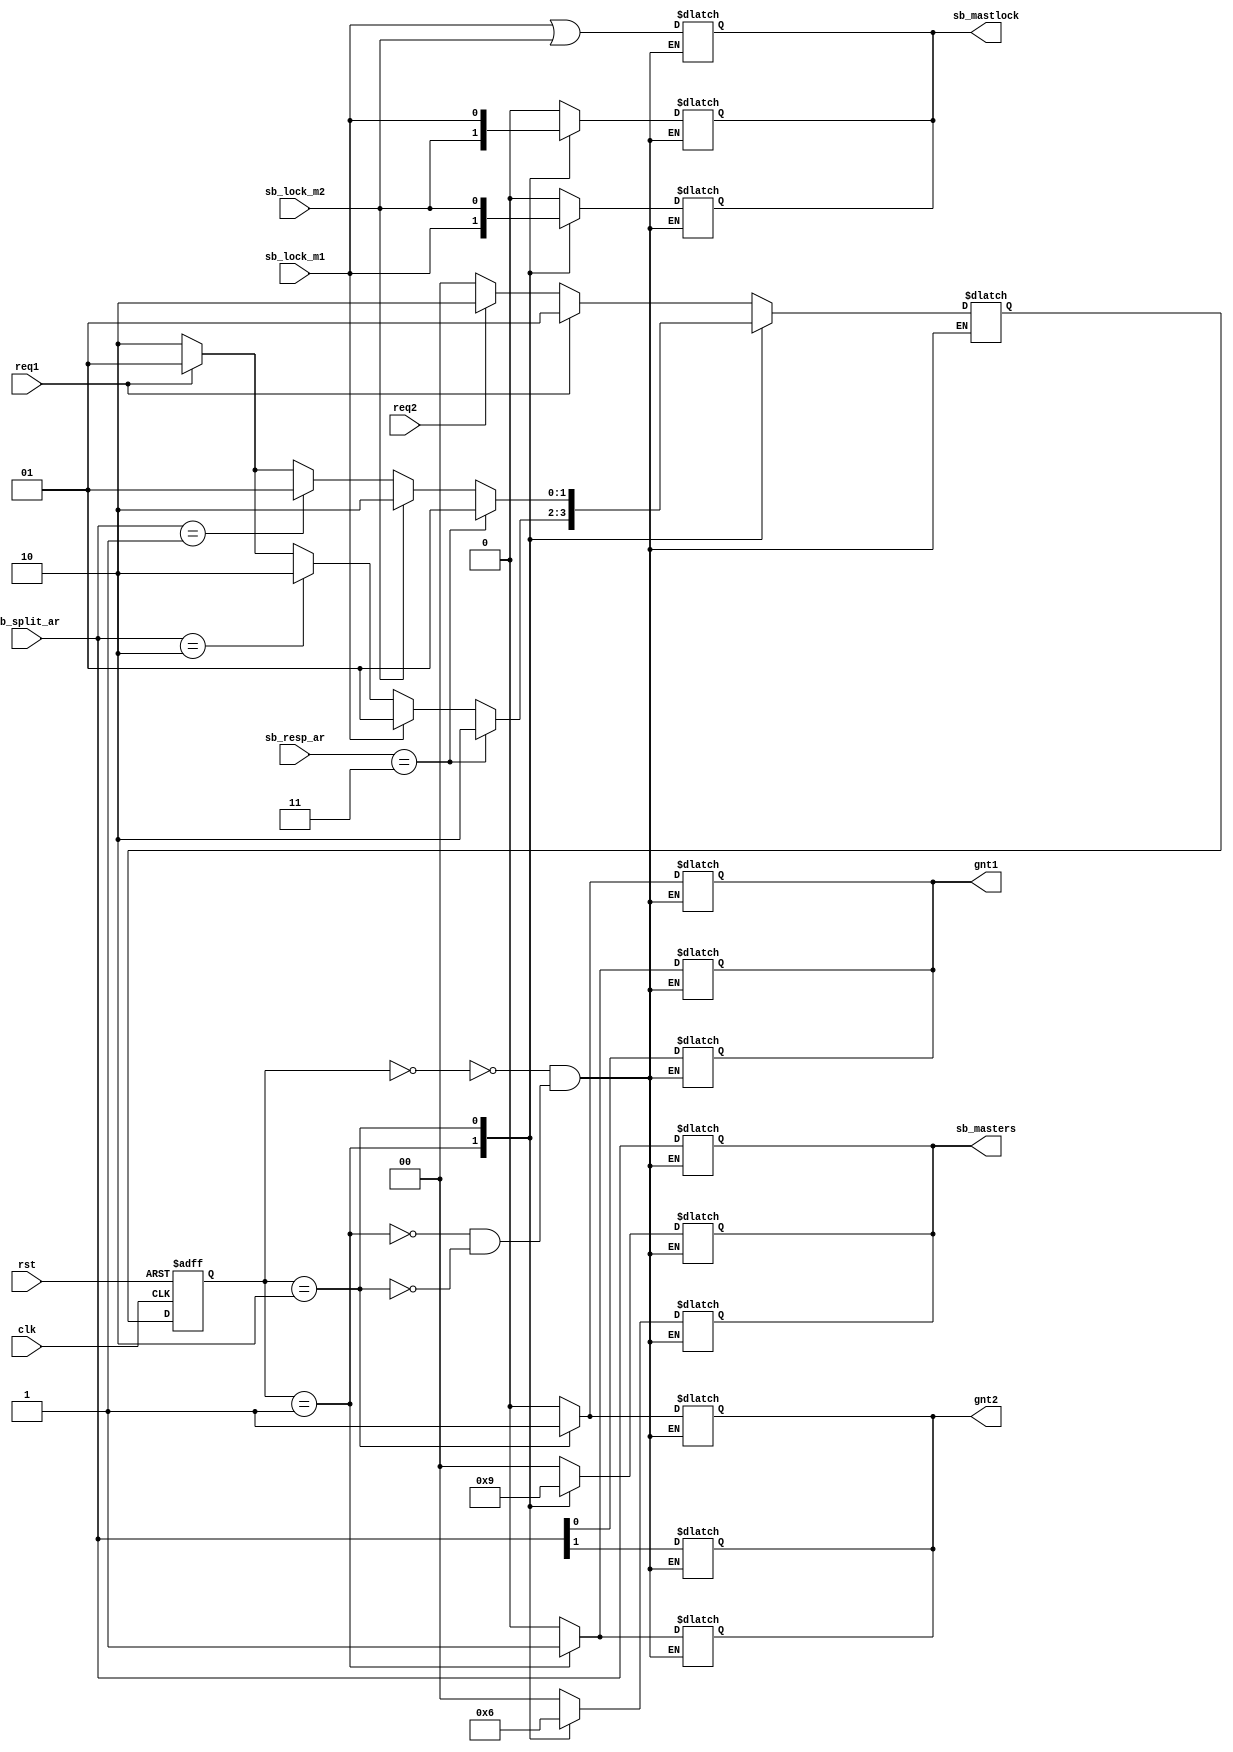
`timescale 1ns / 1ps
//////////////////////////////////////////////////////////////////////////////////
// Company: 
// Engineer: 
// 
// Design Name: 
// Module Name: myArbiter
// Project Name: 
// Target Devices: 
// Tool Versions: 
// Description: 
// 
// Dependencies: 
// 
// Revision:
// Revision 0.01 - File Created
// Additional Comments:
// 
//////////////////////////////////////////////////////////////////////////////////


module Arbiter(

 clk,
 rst,

 req1,
 sb_lock_m1,
 
 req2,
 sb_lock_m2,


 sb_split_ar,

 sb_resp_ar,

 
 gnt1,
 gnt2,
 
 sb_masters,
 sb_mastlock
    );
//--------------------------------------------------------------------------------------------------------------------- 
// parameter definitionsendmodule
//---------------------------------------------------------------------------------------------------------------------

//---------------------------------------------------------------------------------------------------------------------
// localparam definitions
//---------------------------------------------------------------------------------------------------------------------

    localparam                          SB_ADDR_WIDTH         = 32;
    localparam                          SB_TRAS_TYPE          = 2;
    localparam                          SB_BURST_NUM          = 3;
    localparam                          SB_RESP_TYPE          = 2;
    localparam                          SB_NUM_MASTER         = 2;
    localparam                          SB_SPLIT_NUM_MSTR     = 2;
  


//---------------------------------------------------------------------------------------------------------------------
// I/O signals
//---------------------------------------------------------------------------------------------------------------------
    input                                   clk;
    input                                   rst;
    
    input                                   req1;
    input                                   sb_lock_m1;
    
    input                                   req2;
    input                                   sb_lock_m2;

   
    input       [SB_SPLIT_NUM_MSTR-1:0]     sb_split_ar;

    input       [SB_RESP_TYPE-1:0]          sb_resp_ar;


    output reg                              gnt1;
    output reg                              gnt2;
    
    output reg  [SB_NUM_MASTER-1:0]         sb_masters;
    output reg                              sb_mastlock;


//----------------------------

  
   parameter SPLIT=2'b11;
   
   parameter idle=2'b00;
   parameter GNT1=2'b01;
   parameter GNT2=2'b10;

   reg [1:0]  state,next_state;

   always @ (posedge clk or posedge rst )
     begin
    if(rst)
      state=idle;
    else
      state=next_state;
     end
//-----------------------
always @ (sb_split_ar)// 10- gnt2 =1 01 gnt1=1
begin
  case (state)
idle:begin
{gnt2 ,gnt1}=sb_split_ar;
sb_masters=sb_split_ar; //no master select
sb_mastlock=(sb_lock_m1 | sb_lock_m2);
end

GNT1:begin
{gnt2 ,gnt1}=sb_split_ar;
sb_masters=sb_split_ar; //no master select
sb_mastlock=(sb_lock_m1 | sb_lock_m2);
  end
  
  GNT2:begin
{gnt2 ,gnt1}=sb_split_ar;
  sb_masters=sb_split_ar; //no master select
  sb_mastlock=(sb_lock_m1 | sb_lock_m2);
    end

endcase
end




always @ (sb_resp_ar)
begin
  case (state)
idle:begin
gnt2=0;
gnt1=0;
sb_masters=2'b00; //no master select
sb_mastlock=0;
end

GNT1:begin
  gnt2=1;
  gnt1=0;
  sb_masters=2'b10;//master 2
   sb_mastlock=sb_lock_m2;
  end
  
  GNT2:begin
    gnt2=0;
    gnt1=1;
    sb_masters=2'b01;//master 1
    sb_mastlock=sb_lock_m1;
    end

endcase
end


always @ (state)
  begin
  
  case (state)
  idle:begin
  gnt2=0;
  gnt1=0;
  sb_masters=2'b00; //no master select
  sb_mastlock=0;
 end
  
  GNT1:begin
    gnt2=0;
    gnt1=1;
    sb_masters=2'b01;//master 1
     sb_mastlock=sb_lock_m1;
    end
    
    GNT2:begin
      gnt2=1;
      gnt1=0;
      sb_masters=2'b10;//master 2
      sb_mastlock=sb_lock_m2;
      end
  
  endcase
     
  end // always @ (state)

//-----------------------
   always @ (state,req2,req1,sb_lock_m1,sb_lock_m2)
     begin
   // next_state=0;

    case (state)

      idle:begin

         if(req1)
           next_state=GNT1;
         else if(req2)
           next_state=GNT2;
         else
           next_state=idle;
      end // case: idle

     

      GNT1:begin
         if(sb_resp_ar==SPLIT)
           next_state=GNT2;
         else if(sb_lock_m1)
              next_state=GNT1;
              else if(sb_split_ar==2'b10)
                    next_state=GNT2;
                    else if( req1)
                         next_state=GNT1;
                         else
                            next_state=GNT2;//default master
      end

      GNT2:begin
         if(sb_resp_ar==SPLIT)
                 next_state=GNT1;
               else if(sb_lock_m2)
                    next_state=GNT2;
                    else if(sb_split_ar==2'b01)
                          next_state=GNT1;
                          else if( req1)
                               next_state=GNT1;
                               else
                                  next_state=GNT2;//default master
      end
     
     
    endcase // case (state)
     end // always @ (state,req2,req1)


endmodule // arbiter